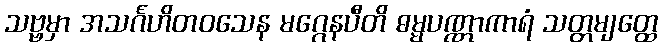
သဗ္ဗမှာ အသင်္ဂဟိတဝသေန မဂ္ဂေနပီတိ ဓမ္မပဏ္ဏာကာရံ သတ္တမျတ္ထေ